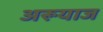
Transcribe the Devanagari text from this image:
अरूयाज